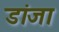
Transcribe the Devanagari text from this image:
डांजा